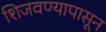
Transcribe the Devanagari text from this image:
शिजवण्यापासून